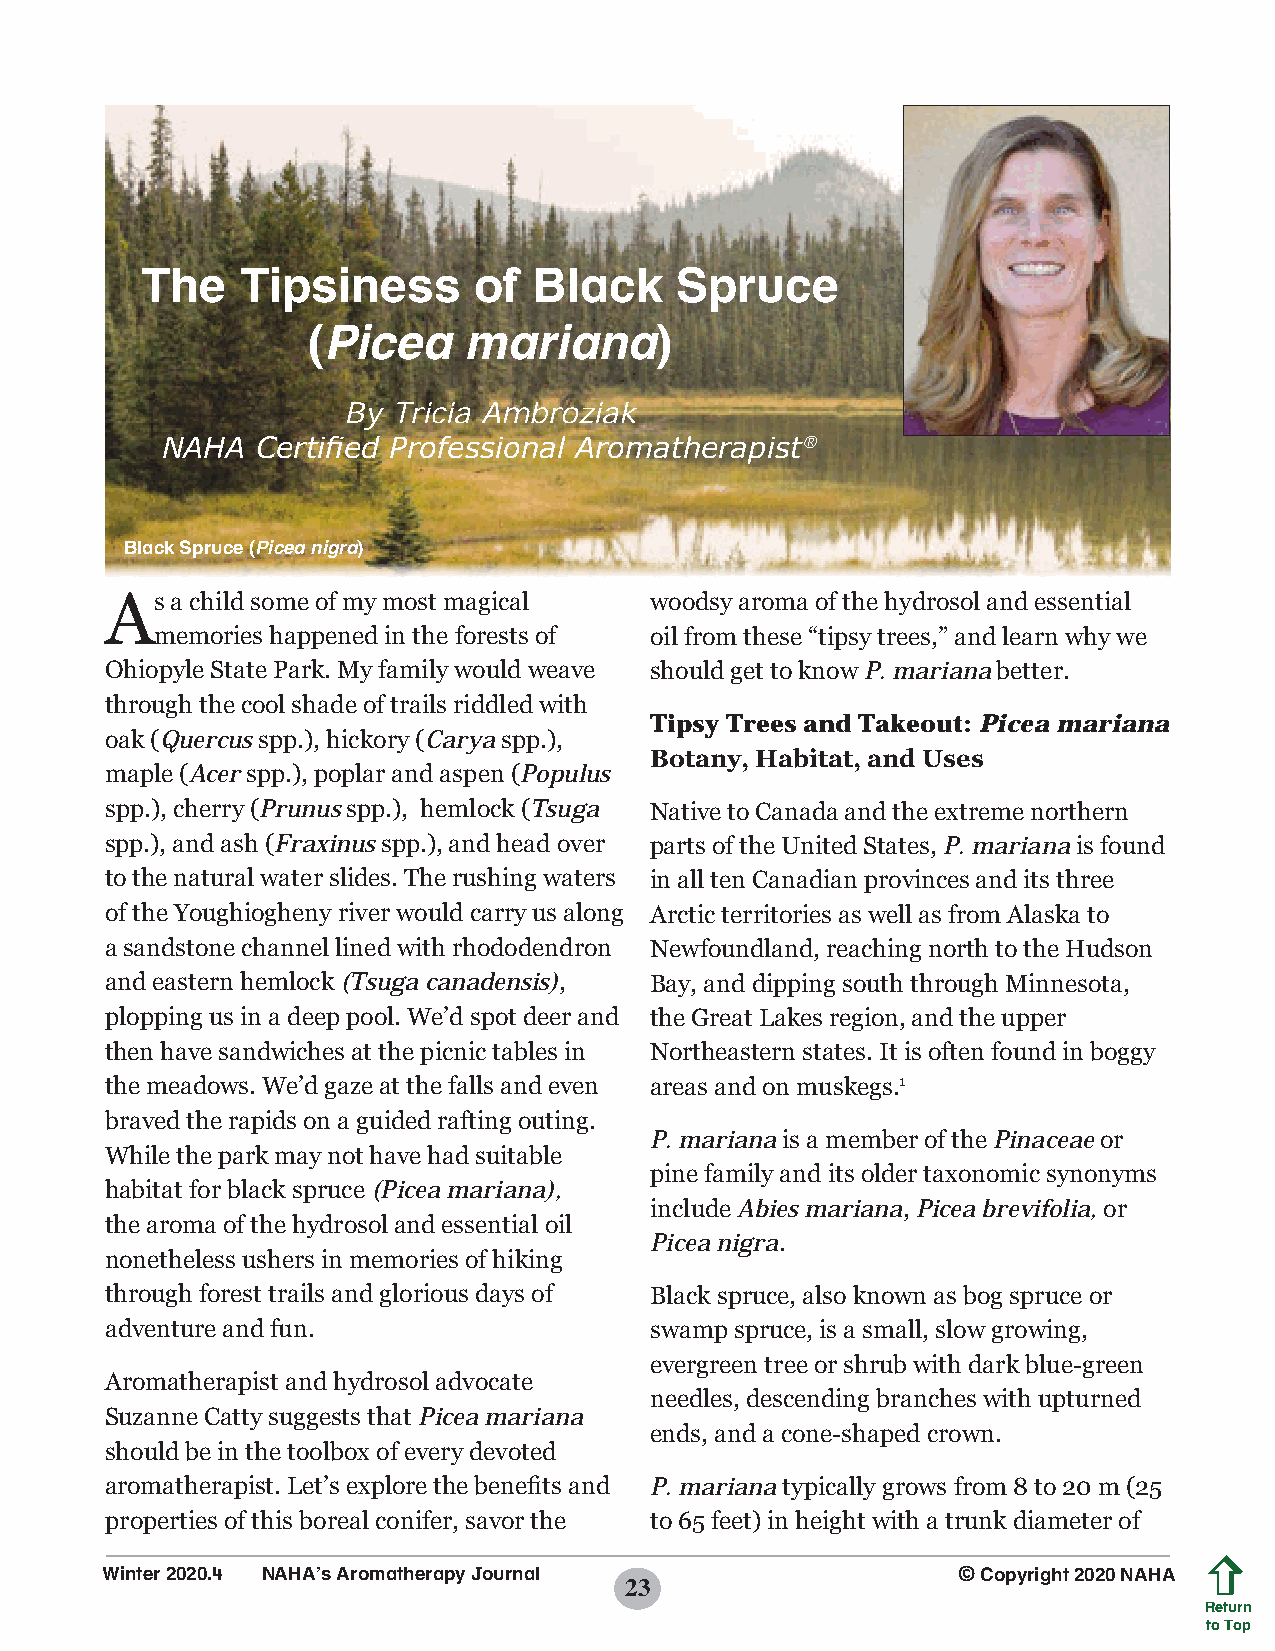
The    Tipsiness      of  Black     Spruce
 (Picea     mariana)
 By Tricia Ambroziak
 NAHA  Certified Professional Aromatherapist®
 Black Spruce (Picea nigra)
 As  a child some of my most magical woodsy aroma of the hydrosol and essential
 memories happened in the forests of oil from these “tipsy trees,” and learn why we
 Ohiopyle State Park. My family would weave should get to know P. mariana better.
 through the cool shade of trails riddled with
 Tipsy Trees and Takeout: Picea mariana
 oak (Quercus spp.), hickory (Carya spp.),
 Botany, Habitat, and Uses
 maple (Acer spp.), poplar and aspen (Populus
 spp.), cherry (Prunus spp.), hemlock (Tsuga Native to Canada and the extreme northern
 spp.), and ash (Fraxinus spp.), and head over parts of the United States, P. mariana is found
 to the natural water slides. The rushing waters in all ten Canadian provinces and its three
 of the Youghiogheny river would carry us along Arctic territories as well as from Alaska to
 a sandstone channel lined with rhododendron Newfoundland, reaching north to the Hudson
 and eastern hemlock (Tsuga canadensis), Bay, and dipping south through Minnesota,
 plopping us in a deep pool. We’d spot deer and the Great Lakes region, and the upper
 then have sandwiches at the picnic tables in Northeastern states. It is often found in boggy
 the meadows. We’d gaze at the falls and even areas and on muskegs.1
 braved the rapids on a guided rafting outing.
 P. mariana is a member of the Pinaceae or
 While the park may not have had suitable
 pine family and its older taxonomic synonyms
 habitat for black spruce (Picea mariana),
 include Abies mariana, Picea brevifolia, or
 the aroma of the hydrosol and essential oil
 Picea nigra.
 nonetheless ushers in memories of hiking
 through forest trails and glorious days of Black spruce, also known as bog spruce or
 adventure and fun.                  swamp spruce, is a small, slow growing,
 evergreen tree or shrub with dark blue-green
 Aromatherapist and hydrosol advocate
 needles, descending branches with upturned
 Suzanne Catty suggests that Picea mariana
 ends, and a cone-shaped crown.
 should be in the toolbox of every devoted
 aromatherapist. Let’s explore the benefits and P. mariana typically grows from 8 to 20 m (25
 properties of this boreal conifer, savor the to 65 feet) in height with a trunk diameter of
 Winter 2020.4 NAHA’s Aromatherapy Journal               © Copyright 2020 NAHA
 23
 Return
 to Top
 